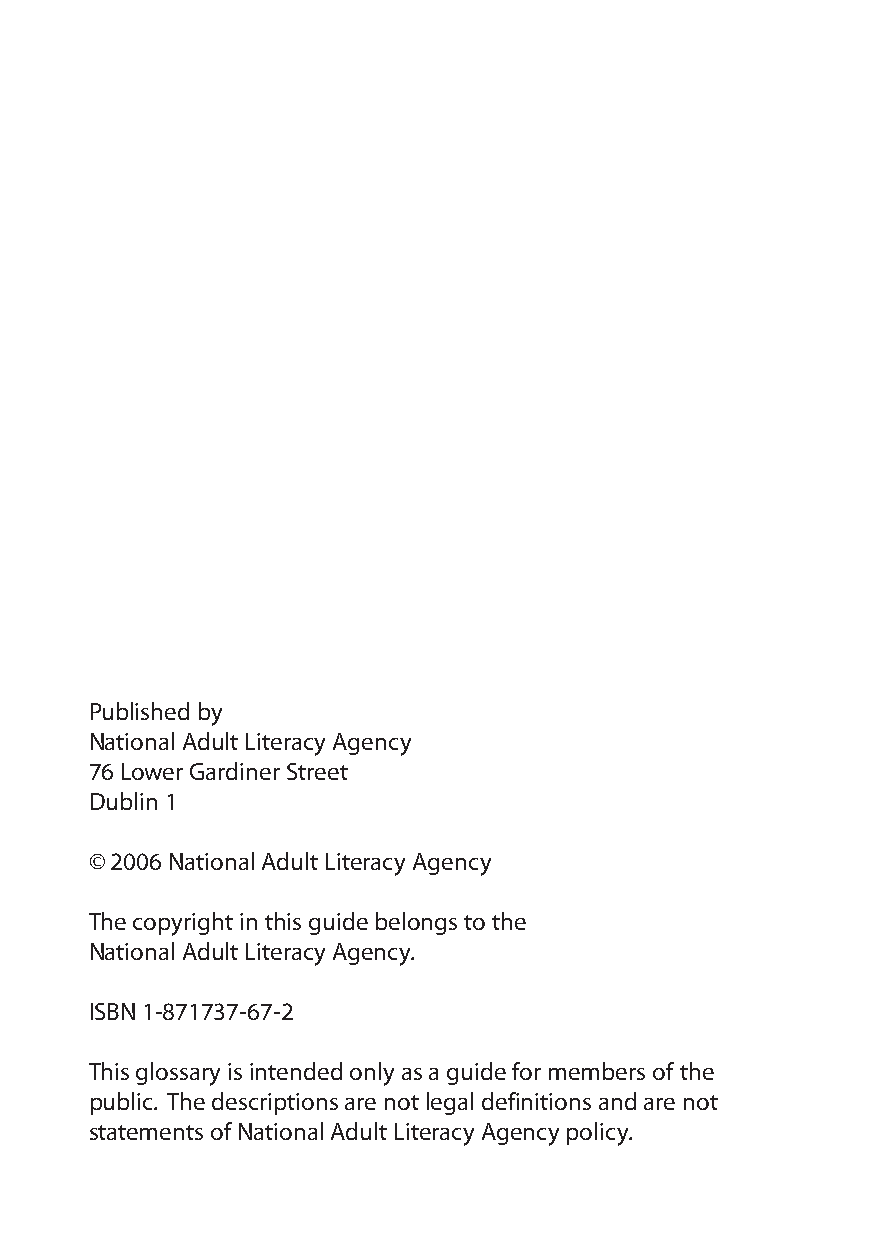
Published by
 National Adult Literacy Agency
 76 Lower Gardiner Street
 Dublin 1
 © 2006 National Adult Literacy Agency
 The copyright in this guide belongs to the
 National Adult Literacy Agency.
 ISBN 1-871737-67-2
 This glossary is intended only as a guide for members of the
 public. The descriptions are not legal definitions and are not
 statements of National Adult Literacy Agency policy.